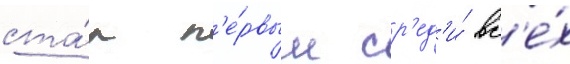
ста́л п'е́рвым ср'ед'и́ вс'е́х